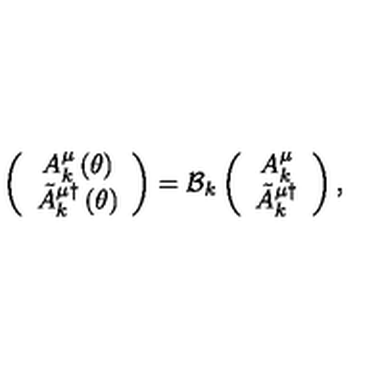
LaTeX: \left( \begin{array} { c } { A _ { k } ^ { \mu } \left( \theta \right) } \\ { \tilde { A } _ { k } ^ { \mu \dagger } \left( \theta \right) } \\ \end{array} \right) = { \cal B } _ { k } \left( \begin{array} { c } { A _ { k } ^ { \mu } } \\ { \tilde { A } _ { k } ^ { \mu \dagger } } \\ \end{array} \right) ,